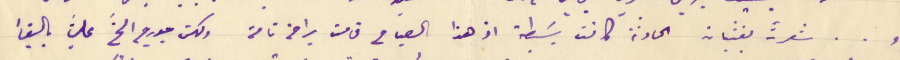
و.. شعرت بغثيان الحادثة كانت بسَيطة اذ هذا الصباح قامت براحة تامة ولكن جورج الحَّ عليَّ بالبقأ